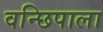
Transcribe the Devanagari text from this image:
वन्छिपाला